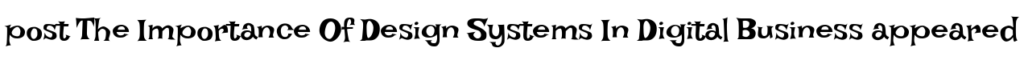
post The Importance Of Design Systems In Digital Business appeared